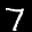
Label: 7